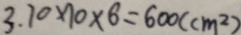
3 . 7 0 \times 1 0 \times 6 = 6 0 0 ( c m ^ { 2 } )